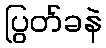
ပြွတ်ခနဲ